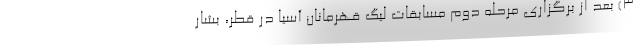
۳) بعد از برگزاری مرحله دوم مسابقات لیگ قهرمانان آسیا در قطر، بشار